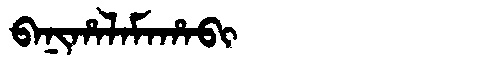
Manchu: ᠪᠠᠨᡳᡥᠠᠯᠠᠮᠠᡥᠠᠪᡳ
Romanization: BANIHALAMAHABI